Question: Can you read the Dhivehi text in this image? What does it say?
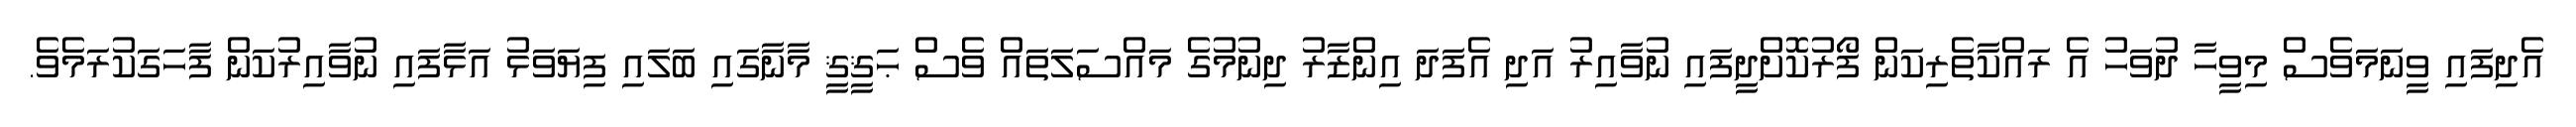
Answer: އެދިފައި ވީނަމަވެސް މިވީހާ ދުވަހު އެ ރައްކާތެރިކަން ފޯރުކޮށްދީފައި ނުވާއިރު އަދި އެފަދަ އިންޒާރު ދިނުމުގެ މައްސަލަތައް ވެސް ޙަޤީޤީ މާނާގައި ބަލައި ފިޔަވަޅު އަޅާފައި ނުވާއިރުކަން ފާހަގަކުރަމެވެ.